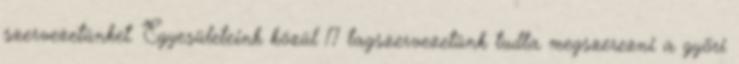
szervezetünket. Egyesületeink közül 17 tagszervezetünk tudta megszerezni a gyõri